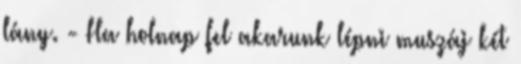
lány. - Ha holnap fel akarunk lépni muszáj két